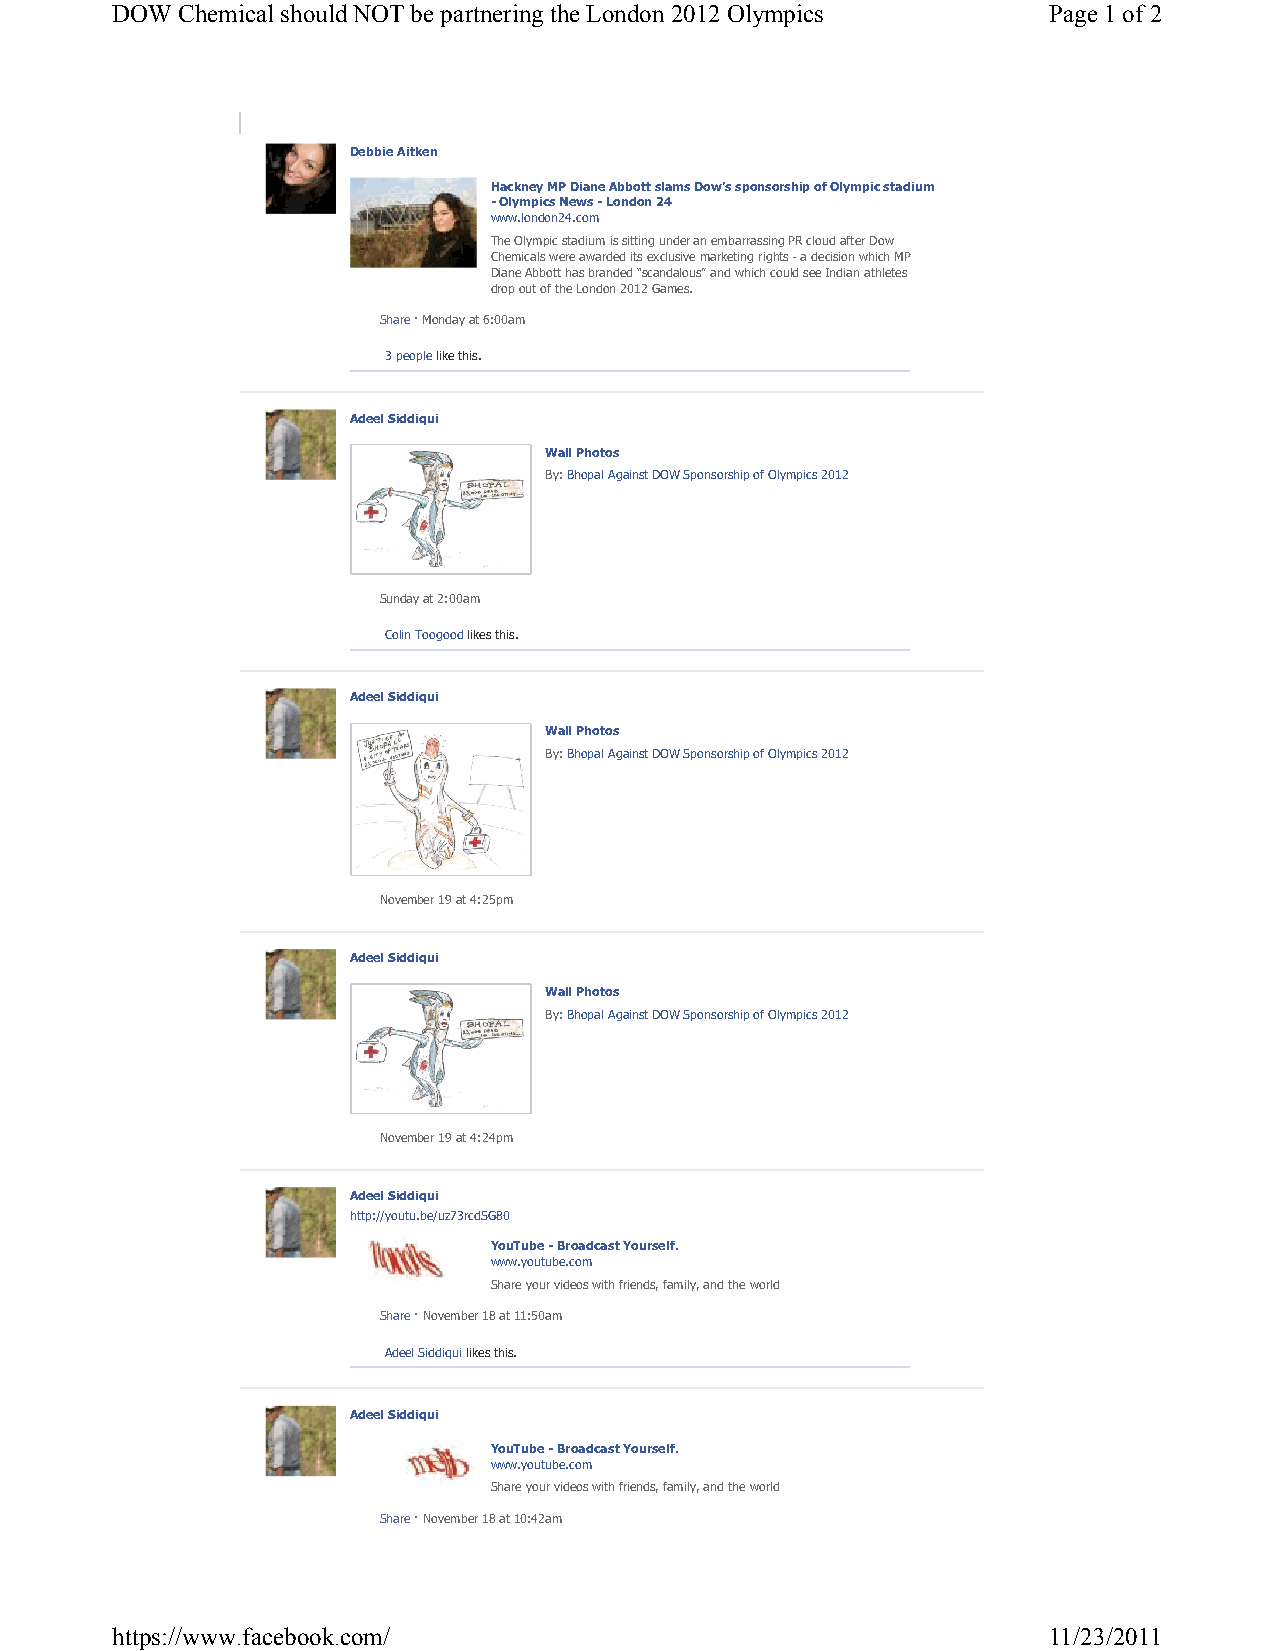
DOW  Chemical should NOT be partnering the London 2012 Olympics Page 1 of 2
 Debbie Aitken
 Hackney MP Diane Abbott slams Dow’s sponsorship of Olympic stadium
 - Olympics News - London 24
 www.london24.com
 The Olympic stadium is sitting under an embarrassing PR cloud after Dow
 Chemicals were awarded its exclusive marketing rights - a decision which MP
 Diane Abbott has branded “scandalous” and which could see Indian athletes
 drop out of the London 2012 Games.
 Share · Monday at 6:00am
 3 people like this.
 Adeel Siddiqui
 Wall Photos
 By: Bhopal Against DOW Sponsorship of Olympics 2012
 Sunday at 2:00am
 Colin Toogood likes this.
 Adeel Siddiqui
 Wall Photos
 By: Bhopal Against DOW Sponsorship of Olympics 2012
 November 19 at 4:25pm
 Adeel Siddiqui
 Wall Photos
 By: Bhopal Against DOW Sponsorship of Olympics 2012
 November 19 at 4:24pm
 Adeel Siddiqui
 http://youtu.be/uz73rcdSG80
 YouTube - Broadcast Yourself.
 www.youtube.com
 Share your videos with friends, family, and the world
 Share · November 18 at 11:50am
 Adeel Siddiqui likes this.
 Adeel Siddiqui
 YouTube - Broadcast Yourself.
 www.youtube.com
 Share your videos with friends, family, and the world
 Share · November 18 at 10:42am
 https://www.facebook.com/                                     11/23/2011